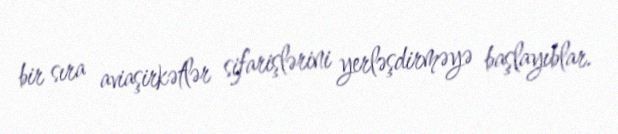
bir sıra aviaşirkətlər sifarişlərini yerləşdirməyə başlayıblar.